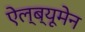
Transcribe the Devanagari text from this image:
ऐल्ब्यूमेन